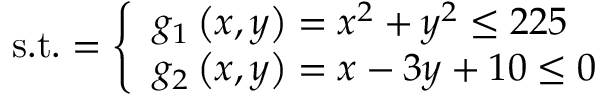
{ \mathrm { s . t . } } = { \left\{ \begin{array} { l l } { g _ { 1 } \left( x , y \right) = x ^ { 2 } + y ^ { 2 } \leq 2 2 5 } \\ { g _ { 2 } \left( x , y \right) = x - 3 y + 1 0 \leq 0 } \end{array} \right. }